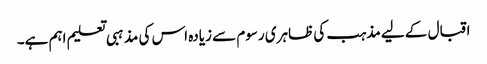
اقبال کے لیے مذہب کی ظاہری رسوم سے زیادہ اس کی مذہبی تعلیم اہم ہے۔